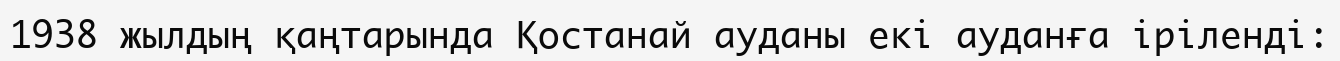
1938 жылдың қаңтарында Қостанай ауданы екі ауданға іріленді: